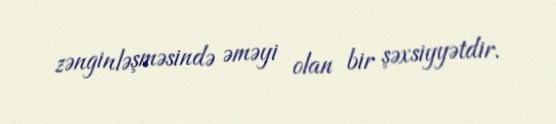
zənginləşməsində əməyi olan bir şəxsiyyətdir.